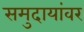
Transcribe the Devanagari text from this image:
समुदायांवर